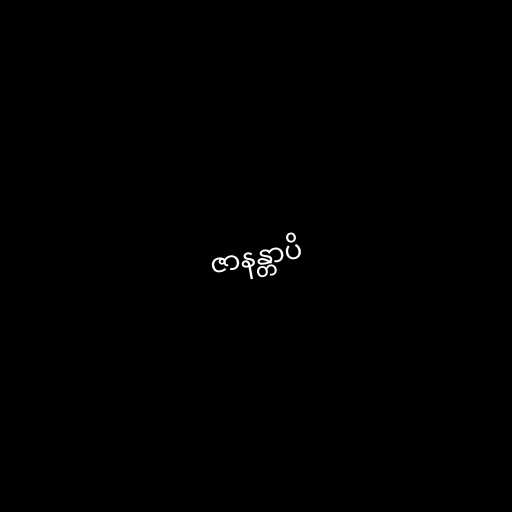
ဇာနန္တာပိ